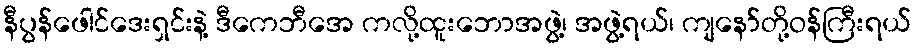
နီပွန်ဖေါင်ဒေးရှင်းနဲ့ ဒီကေဘီအေ ကလို့ထူးဘောအဖွဲ့၊ အဖွဲ့ရယ်၊ ကျနော်တို့ဝန်ကြီးရယ်